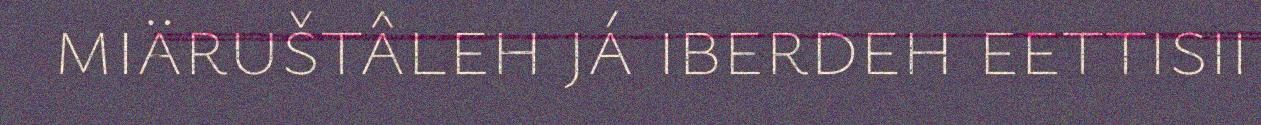
miäruštâleh já iberdeh eettisii